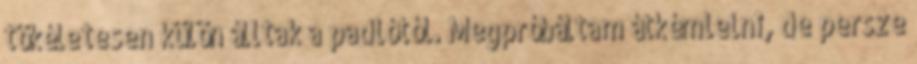
tökéletesen külön álltak a padlótól. Megpróbáltam átkémlelni, de persze